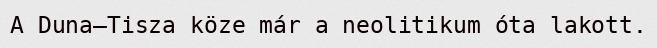
A Duna–Tisza köze már a neolitikum óta lakott.